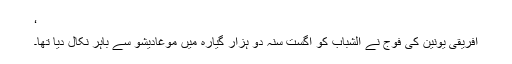
‘
افریقی یونین کی فوج نے الشباب کو اگست سنہ دو ہزار گیارہ میں موغادیشو سے باہر نکال دیا تھا۔